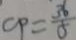
C P = \frac { 3 6 } { 5 }